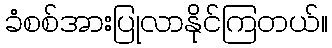
ခံစစ်အားပြုလာနိုင်ကြတယ်။